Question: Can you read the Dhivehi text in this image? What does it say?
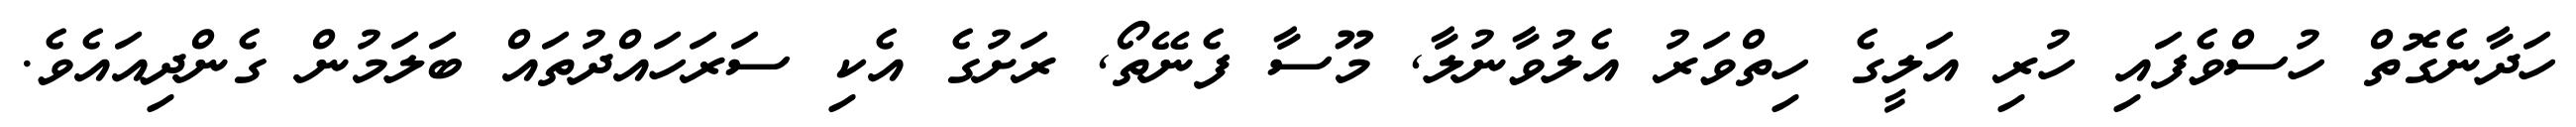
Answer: ހަދާނެގޮތް ހުސްވެފައި ހުރި އަލީގެ ހިތްވަރު އެލުވާނުލާ, މޫސާ ފެނޭތޯ, ރަށުގެ އެކި ސަރަހައްދުތައް ބަލަމުން ގެންދިއައެވެ.